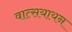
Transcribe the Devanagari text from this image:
वात्सयायन